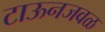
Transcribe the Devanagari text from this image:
टाऊनजवळ